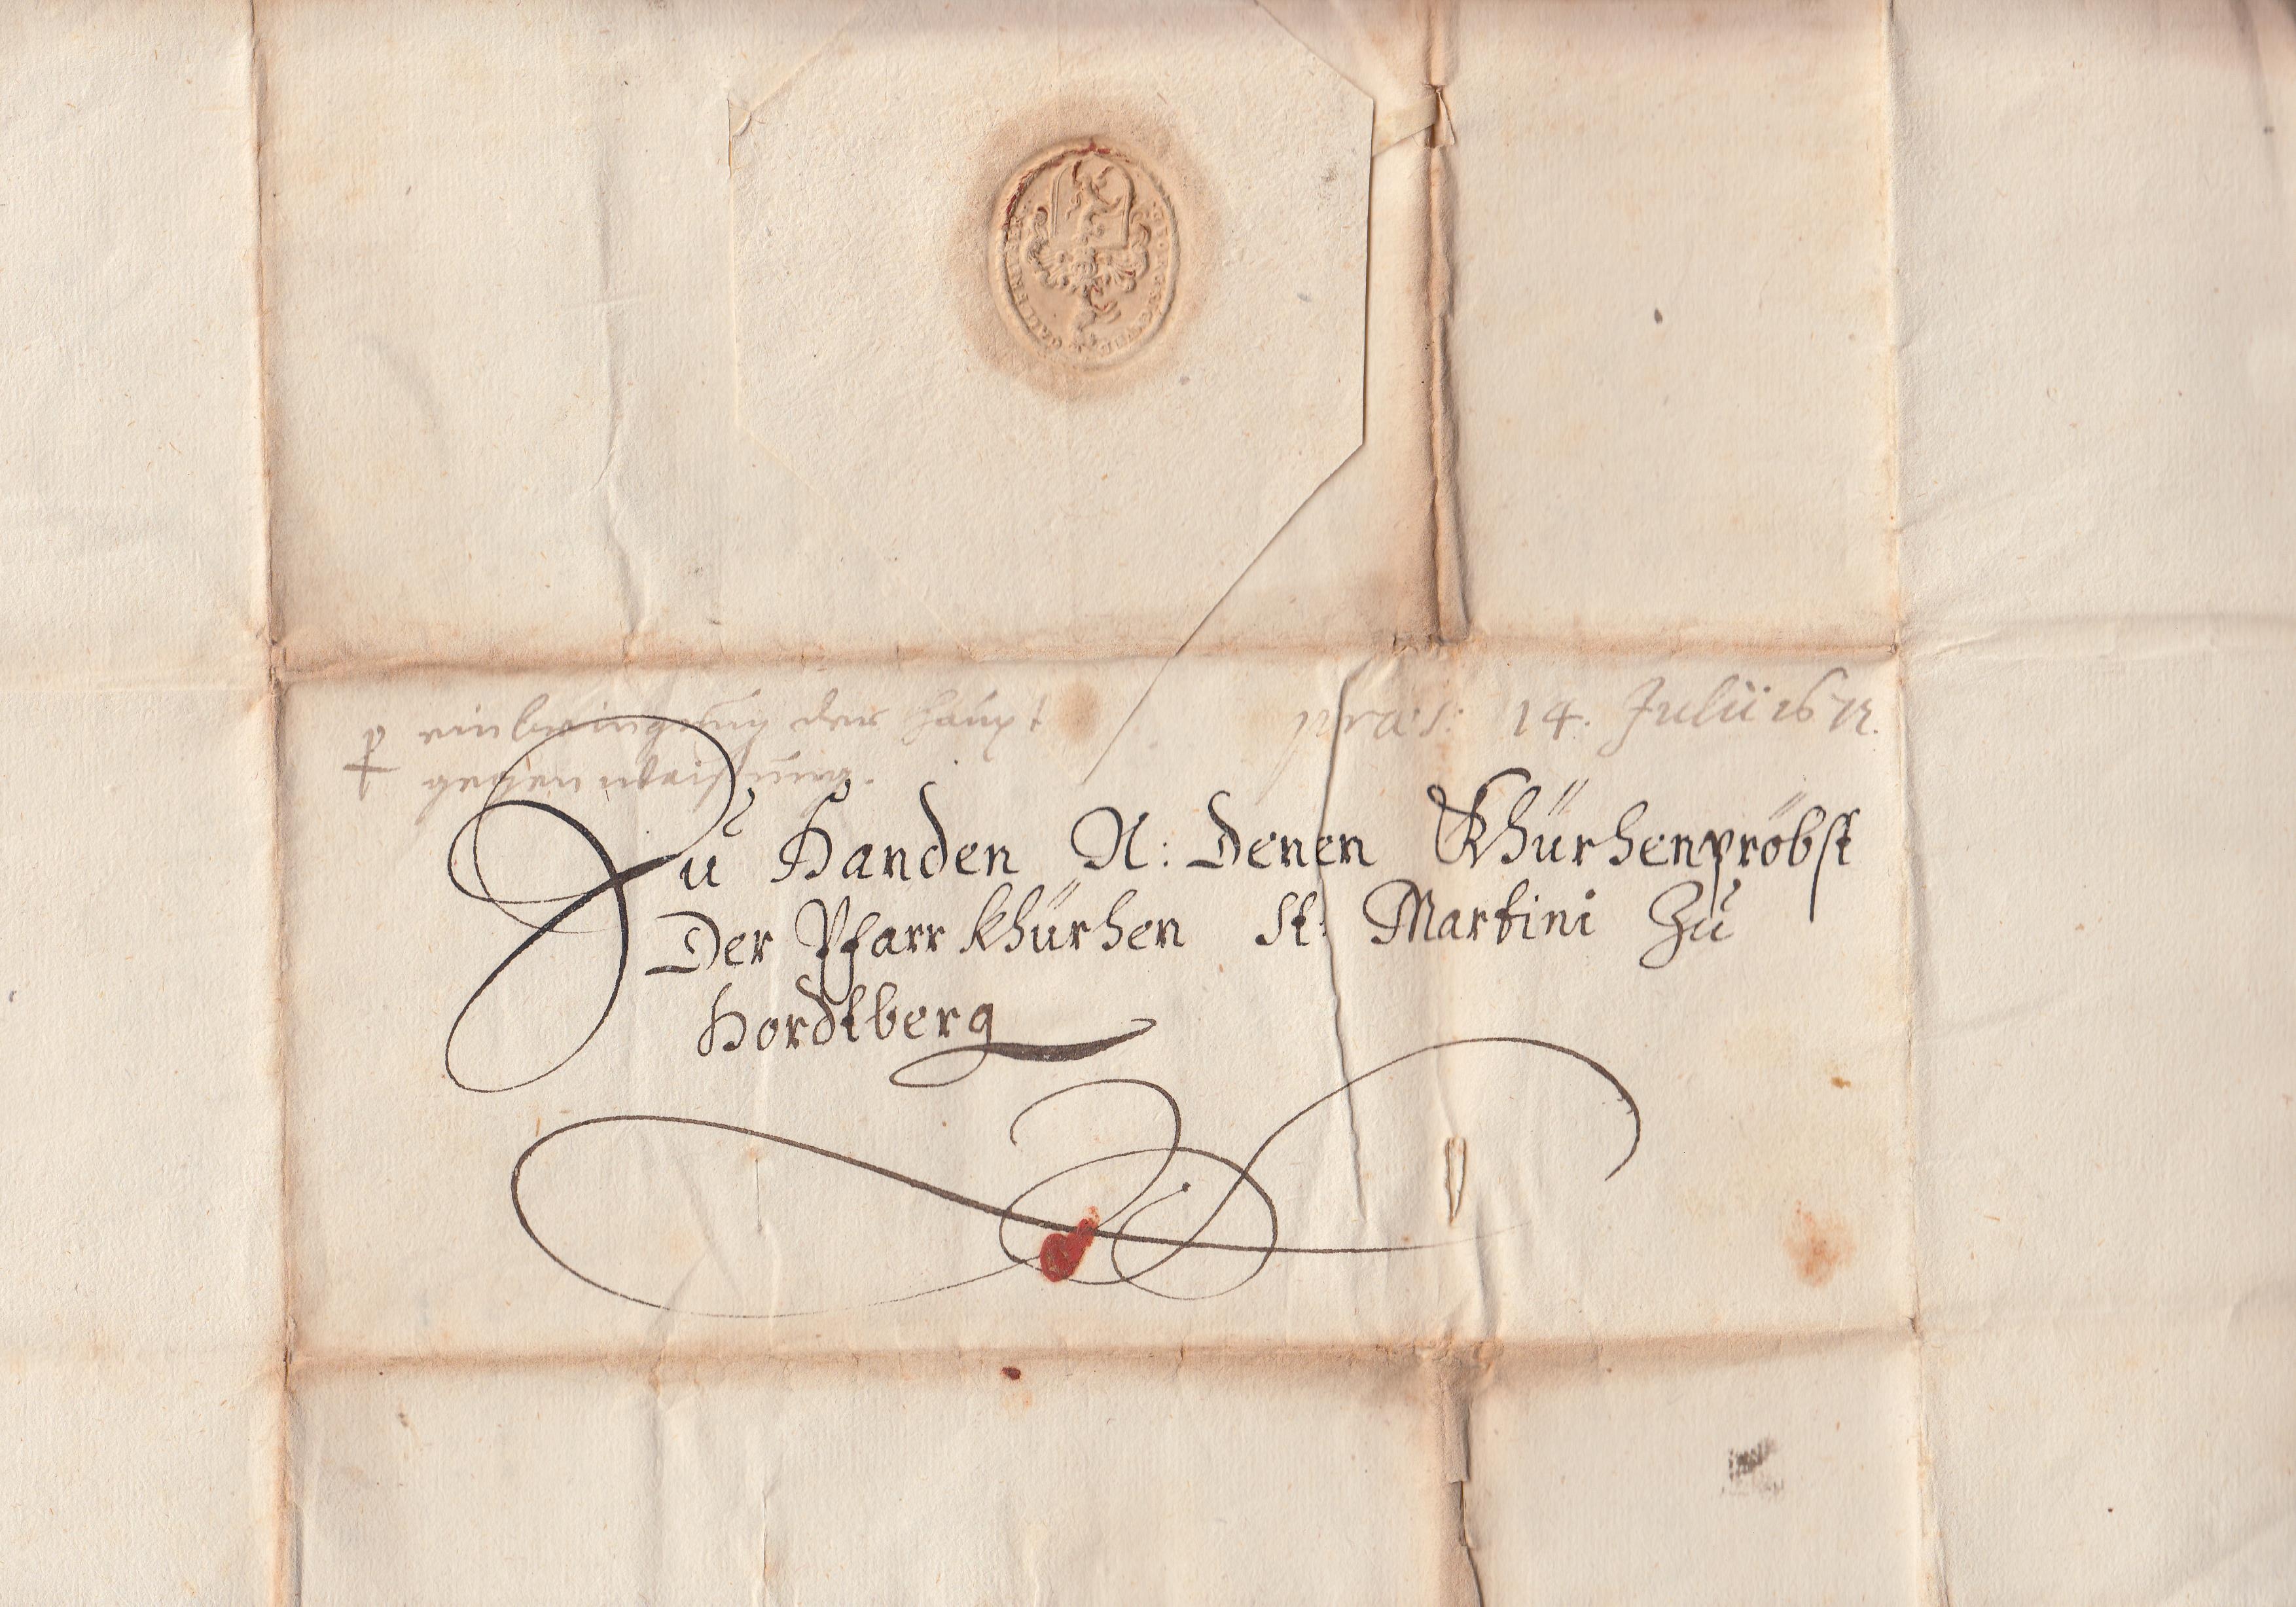
+ ein xxx
praes. 14. Julii 1674
gegen xxx
Zū Handen xxx: Denen Khürhenpröbst
Der Pfarrkürhen St: Martini Zū
Hordlberg